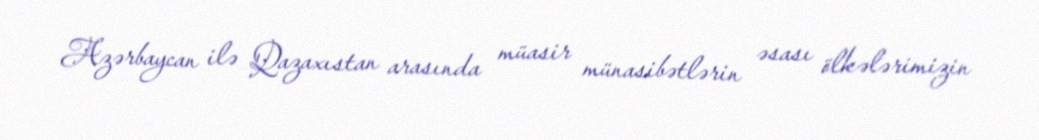
Azərbaycan ilə Qazaxıstan arasında müasir münasibətlərin əsası ölkələrimizin